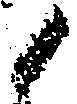
候